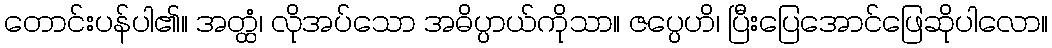
တောင်းပန်ပါ၏။ အတ္ထံ၊ လိုအပ်သော အဓိပ္ပာယ်ကိုသာ။ ဇပ္ပေဟိ၊ ပြီးပြေအောင်ဖြေဆိုပါလော။